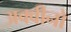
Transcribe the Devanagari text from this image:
अक्वीनो